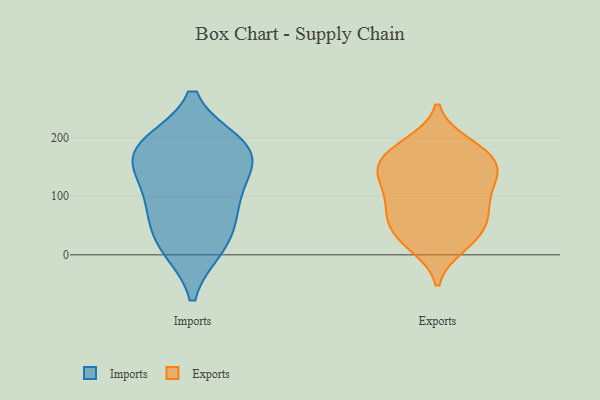
{"axis": {"x": "Page Views", "y": "Value"}, "legend": ["Exports", "Imports"], "data": [{"x": "", "y": 12, "type": "Imports"}, {"x": "", "y": 182, "type": "Imports"}, {"x": "", "y": 94, "type": "Imports"}, {"x": "", "y": 180, "type": "Imports"}, {"x": "", "y": 184, "type": "Imports"}, {"x": "", "y": 141, "type": "Imports"}, {"x": "", "y": 139, "type": "Imports"}, {"x": "", "y": 12, "type": "Imports"}, {"x": "", "y": 78, "type": "Imports"}, {"x": "", "y": 54, "type": "Imports"}, {"x": "", "y": 189, "type": "Imports"}, {"x": "", "y": 186, "type": "Exports"}, {"x": "", "y": 14, "type": "Exports"}, {"x": "", "y": 177, "type": "Exports"}, {"x": "", "y": 95, "type": "Exports"}, {"x": "", "y": 41, "type": "Exports"}, {"x": "", "y": 140, "type": "Exports"}, {"x": "", "y": 118, "type": "Exports"}, {"x": "", "y": 190, "type": "Exports"}, {"x": "", "y": 145, "type": "Exports"}, {"x": "", "y": 147, "type": "Exports"}, {"x": "", "y": 21, "type": "Exports"}, {"x": "", "y": 29, "type": "Exports"}, {"x": "", "y": 64, "type": "Exports"}, {"x": "", "y": 109, "type": "Exports"}, {"x": "", "y": 133, "type": "Exports"}, {"x": "", "y": 62, "type": "Exports"}, {"x": "", "y": 65, "type": "Exports"}, {"x": "", "y": 82, "type": "Exports"}, {"x": "", "y": 160, "type": "Exports"}, {"x": "", "y": 167, "type": "Exports"}]}